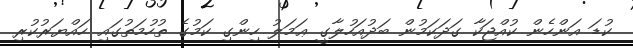
ކުޑަ އަންހެން ކުއްޖަކާ ގަދަކަމުން ބަދުއަހުލާގީ ޢަމަލު ހިންގި ކަމުގެ ތުހުމަތުގައި ހައްޔަރުކުރި